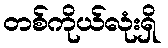
တစ်ကိုယ်လုံးရှိ